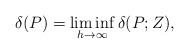
LaTeX: \begin{align*}\delta(P) = \liminf_{h\to\infty} \delta(P; Z),\end{align*}